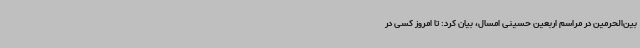
بین‌الحرمین در مراسم اربعین حسینی امسال، بیان کرد: تا امروز کسی در